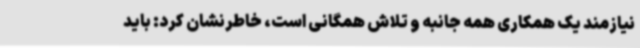
نیازمند یک همکاری همه جانبه و تلاش همگانی است، خاطرنشان کرد: باید